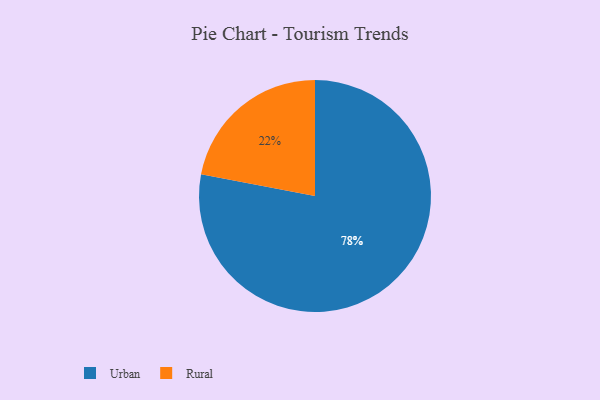
{"axis": {"x": "Category", "y": "Percentage"}, "legend": ["Rural", "Urban"], "data": [{"x": "Urban", "y": 78, "type": "Urban"}, {"x": "Rural", "y": 22, "type": "Rural"}]}